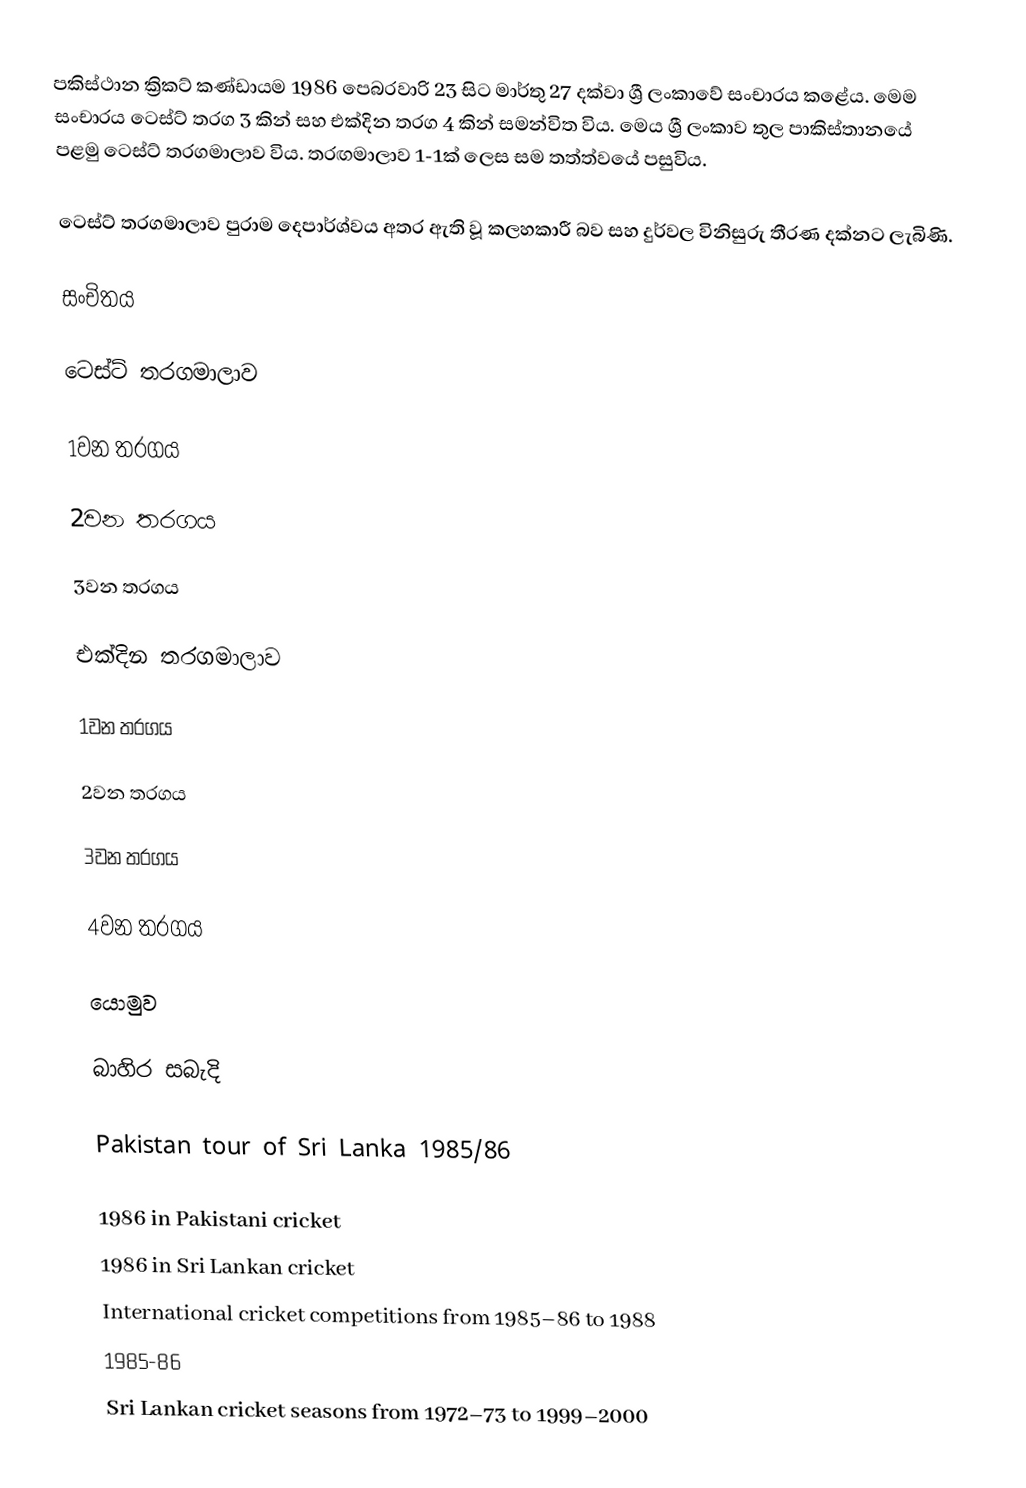
පකිස්ථාන ක්‍රිකට් කණ්ඩායම 1986 පෙබරවාරි 23 සිට මාර්තු 27 දක්වා ශ්‍රී ලංකාවේ සංචාරය කළේය. මෙම සංචාරය ටෙස්ට් තරග 3 කින් සහ එක්දින තරග 4 කින් සමන්විත විය. මෙය ශ්‍රී ලංකාව තුල පාකිස්තානයේ පළමු ටෙස්ට් තරගමාලාව විය. තරඟමාලාව 1-1ක් ලෙස සම තත්ත්වයේ පසුවිය.

ටෙස්ට් තරගමාලාව පුරාම දෙපාර්ශ්වය අතර ඇති වූ කලහකාරී බව සහ දුර්වල විනිසුරු තීරණ දක්නට ලැබිණි.

සංචිතය

ටෙස්ට් තරගමාලාව

1වන තරගය

2වන තරගය

3වන තරගය

එක්දින තරගමාලාව

1වන තරගය

2වන තරගය

3වන තරගය

4වන තරගය

යොමුව

බාහිර සබැදි

 Pakistan tour of Sri Lanka 1985/86

1986 in Pakistani cricket
1986 in Sri Lankan cricket
International cricket competitions from 1985–86 to 1988
1985-86
Sri Lankan cricket seasons from 1972–73 to 1999–2000